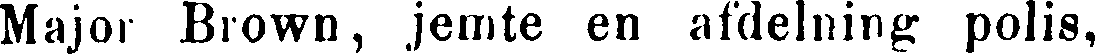
Major Brown, jemte en afdelning polis,